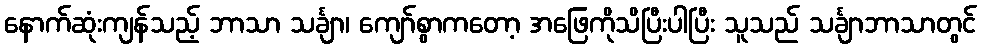
နောက်ဆုံးကျန်သည့် ဘာသာ သင်္ချာ၊ ကျော်စွာကတော့ အဖြေကိုသိပြီးပါပြီး သူသည် သင်္ချာဘာသာတွင်